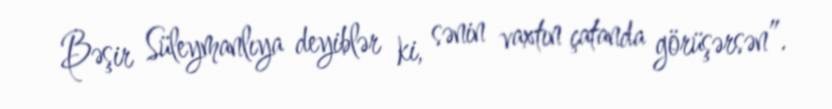
Bəşir Süleymanlıya deyiblər ki, sənin vaxtın çatanda görüşərsən”.